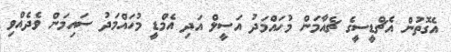
އެގޮތުން އެޗްޑީސީގެ ޗެއާމަން މުހައްމަދު އަސީލް އަދި އެމްޑީ މުހައްމަދު ސައިމަން ވެދެއްވި